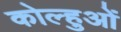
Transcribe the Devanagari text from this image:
कोल्हुओं